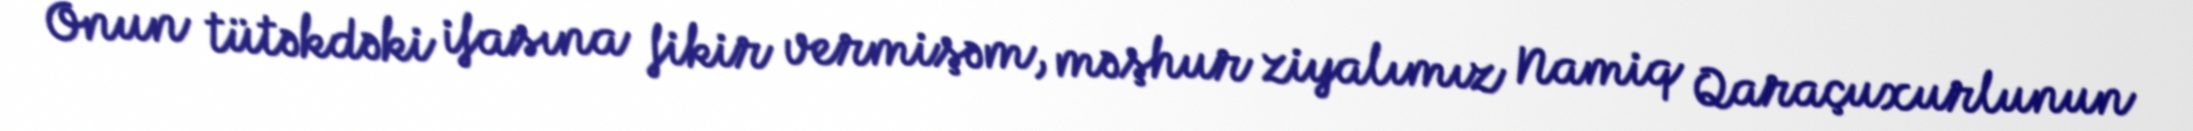
Onun tütəkdəki ifasına fikir vermişəm, məşhur ziyalımız Namiq Qaraçuxurlunun